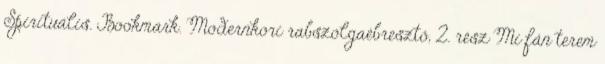
Spirituális. Bookmark. Modernkori rabszolgaébresztő, 2. rész Mi fán terem